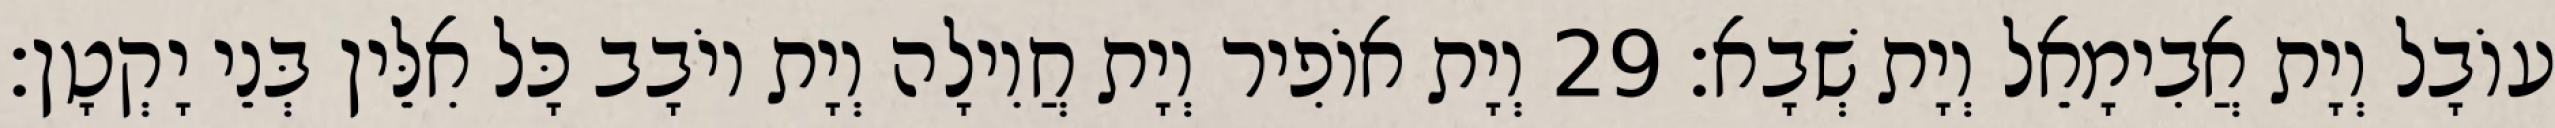
עוֹבָל וְיָת אֲבִימָאֵל וְיָת שְׁבָא׃ 29 וְיָת אוֹפִיר וְיָת חֲוִילָה וְיָת יוֹבָב כָּל אִלֵּין בְּנֵי יָקְטָן׃